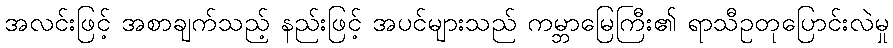
အလင်းဖြင့် အစာချက်သည့် နည်းဖြင့် အပင်များသည် ကမ္ဘာမြေကြီး၏ ရာသီဥတုပြောင်းလဲမှု